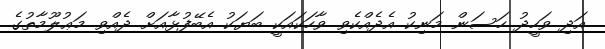
އަދި ވަހީދު ހަސަން މަނިކު އެދެއްކެވި ވާހަކައަކީ ބަޔަކު އެބޭފުޅާއަށް ދެއްވި މަޢުލޫމާތުގެ